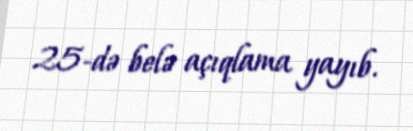
25-də belə açıqlama yayıb.